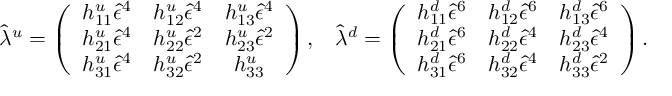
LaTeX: \hat { \lambda } ^ { u } = \left( \begin{array} { c c c } { { h _ { 1 1 } ^ { u } \hat { \epsilon } ^ { 4 } } } & { { h _ { 1 2 } ^ { u } \hat { \epsilon } ^ { 4 } } } & { { h _ { 1 3 } ^ { u } \hat { \epsilon } ^ { 4 } } } \\ { { h _ { 2 1 } ^ { u } \hat { \epsilon } ^ { 4 } } } & { { h _ { 2 2 } ^ { u } \hat { \epsilon } ^ { 2 } } } & { { h _ { 2 3 } ^ { u } \hat { \epsilon } ^ { 2 } } } \\ { { h _ { 3 1 } ^ { u } \hat { \epsilon } ^ { 4 } } } & { { h _ { 3 2 } ^ { u } \hat { \epsilon } ^ { 2 } } } & { { h _ { 3 3 } ^ { u } } } \end{array} \right) , \; \; \; \hat { \lambda } ^ { d } = \left( \begin{array} { c c c } { { h _ { 1 1 } ^ { d } \hat { \epsilon } ^ { 6 } } } & { { h _ { 1 2 } ^ { d } \hat { \epsilon } ^ { 6 } } } & { { h _ { 1 3 } ^ { d } \hat { \epsilon } ^ { 6 } } } \\ { { h _ { 2 1 } ^ { d } \hat { \epsilon } ^ { 6 } } } & { { h _ { 2 2 } ^ { d } \hat { \epsilon } ^ { 4 } } } & { { h _ { 2 3 } ^ { d } \hat { \epsilon } ^ { 4 } } } \\ { { h _ { 3 1 } ^ { d } \hat { \epsilon } ^ { 6 } } } & { { h _ { 3 2 } ^ { d } \hat { \epsilon } ^ { 4 } } } & { { h _ { 3 3 } ^ { d } \hat { \epsilon } ^ { 2 } } } \end{array} \right) .